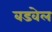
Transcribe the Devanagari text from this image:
बडवेल